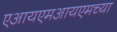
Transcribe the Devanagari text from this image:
एआयएमआयएमच्या